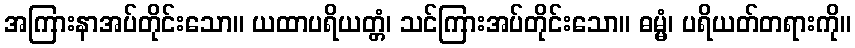
အကြားနာအပ်တိုင်းသော။ ယထာပရိယတ္တံ၊ သင်ကြားအပ်တိုင်းသော။ ဓမ္မံ၊ ပရိယတ်တရားကို။